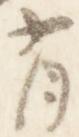
有